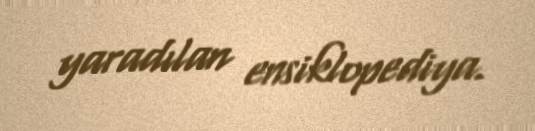
yaradılan ensiklopediya.